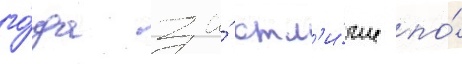
го́да за́ отл'и́чие по́